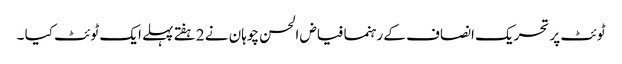
ٹوئٹ پر تحریک انصاف کے رہنما فیاض الحسن چوہان نے 2ہفتے پہلے ایک ٹوئٹ کیا ۔